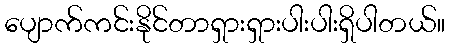
ပျောက်ကင်းနိုင်တာရှားရှားပါးပါးရှိပါတယ်။